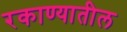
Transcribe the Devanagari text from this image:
रकाण्यातील